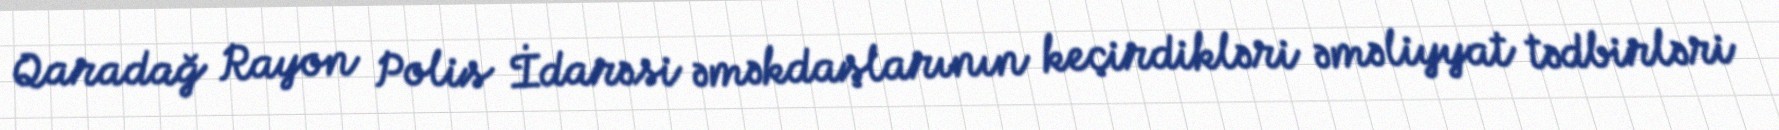
Qaradağ Rayon Polis İdarəsi əməkdaşlarının keçirdikləri əməliyyat tədbirləri